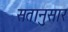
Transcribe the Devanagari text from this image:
सतानुसार